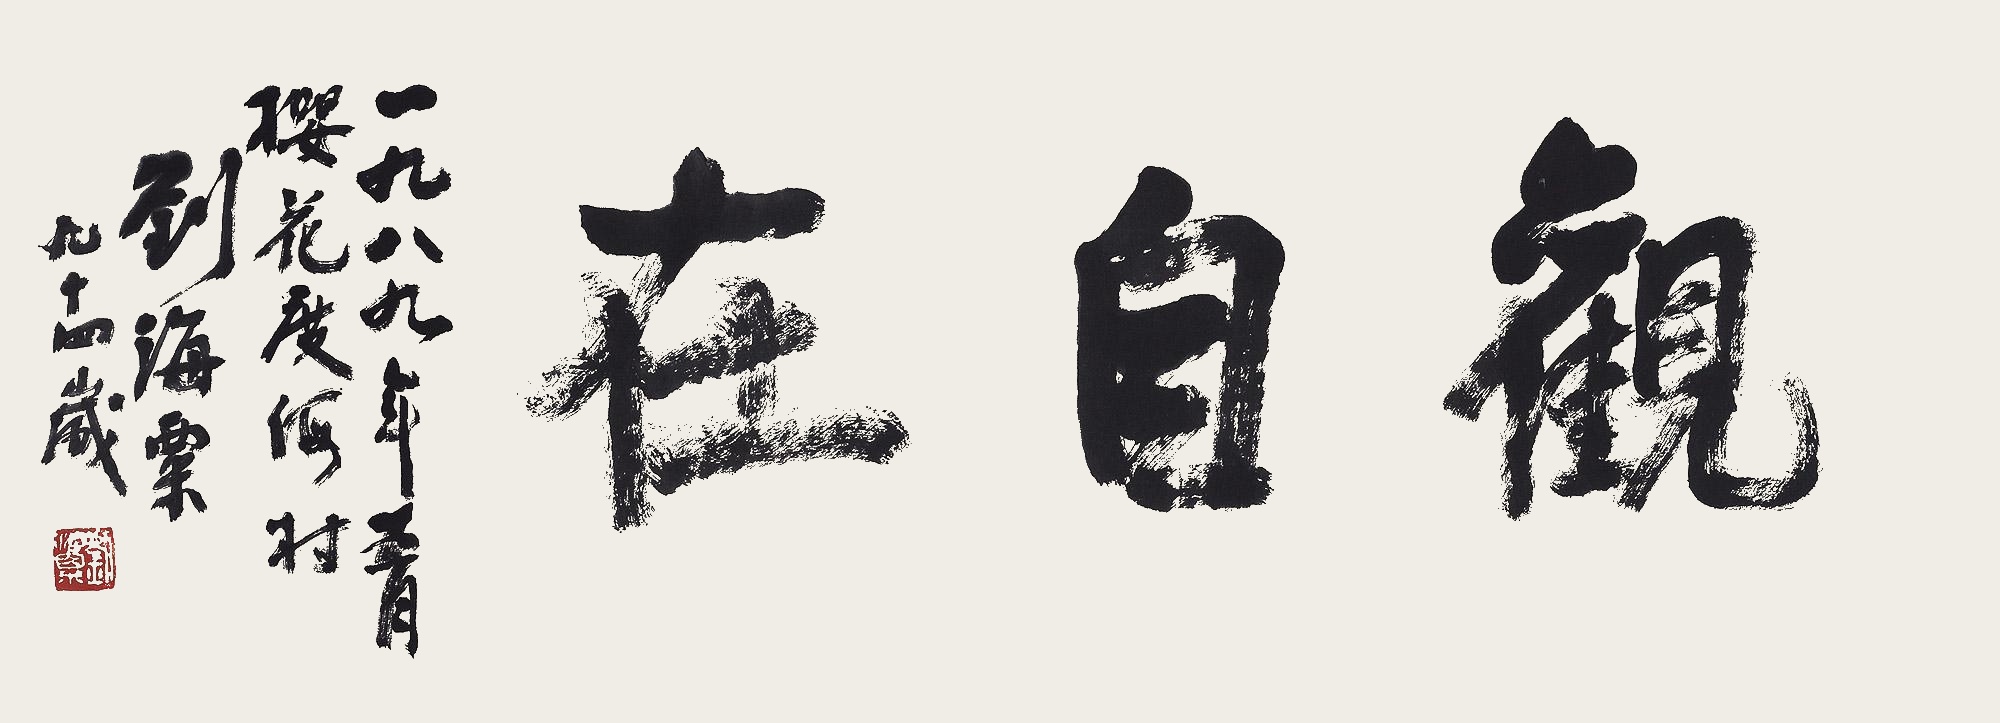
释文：观自在一九八九年五月，樱花度假村。刘海粟九十四岁。